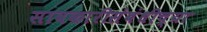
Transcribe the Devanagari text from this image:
सावकारीसंबंधीच्या